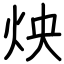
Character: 炴